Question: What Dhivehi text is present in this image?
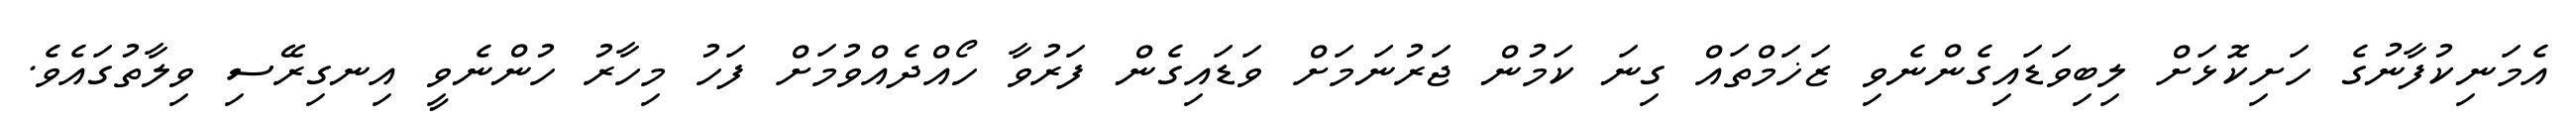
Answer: އެމަނިކުފާނުގެ ހަށިކޮޅަށް ލިބިވަޑައިގެންނެވި ޒަޚަމްތައް ގިނަ ކަމުން ޖަރުނަމަށް ވަޑައިގެން ފަރުވާ ހޯއްދެއްވުމަށް ފަހު މިހާރު ހުންނެވީ އިނގިރޭސި ވިލާތުގައެވެ.